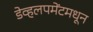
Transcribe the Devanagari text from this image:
डेव्हलपमेंटमधून